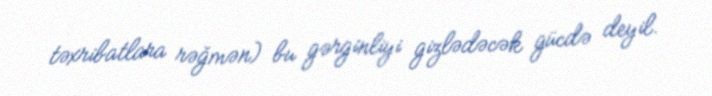
təxribatlara rəğmən) bu gərginliyi gizlədəcək gücdə deyil.